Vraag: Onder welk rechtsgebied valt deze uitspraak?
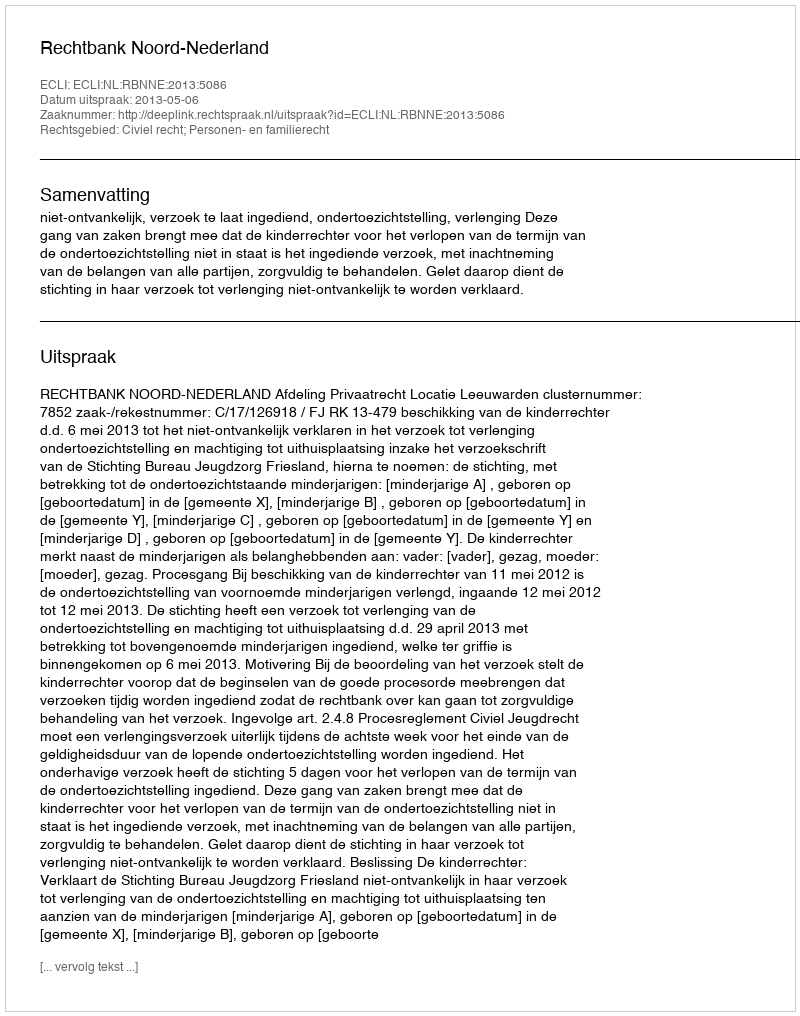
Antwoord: Civiel recht; Personen- en familierecht